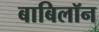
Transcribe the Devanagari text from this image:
बाबिलॉन